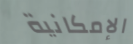
الإمكانية